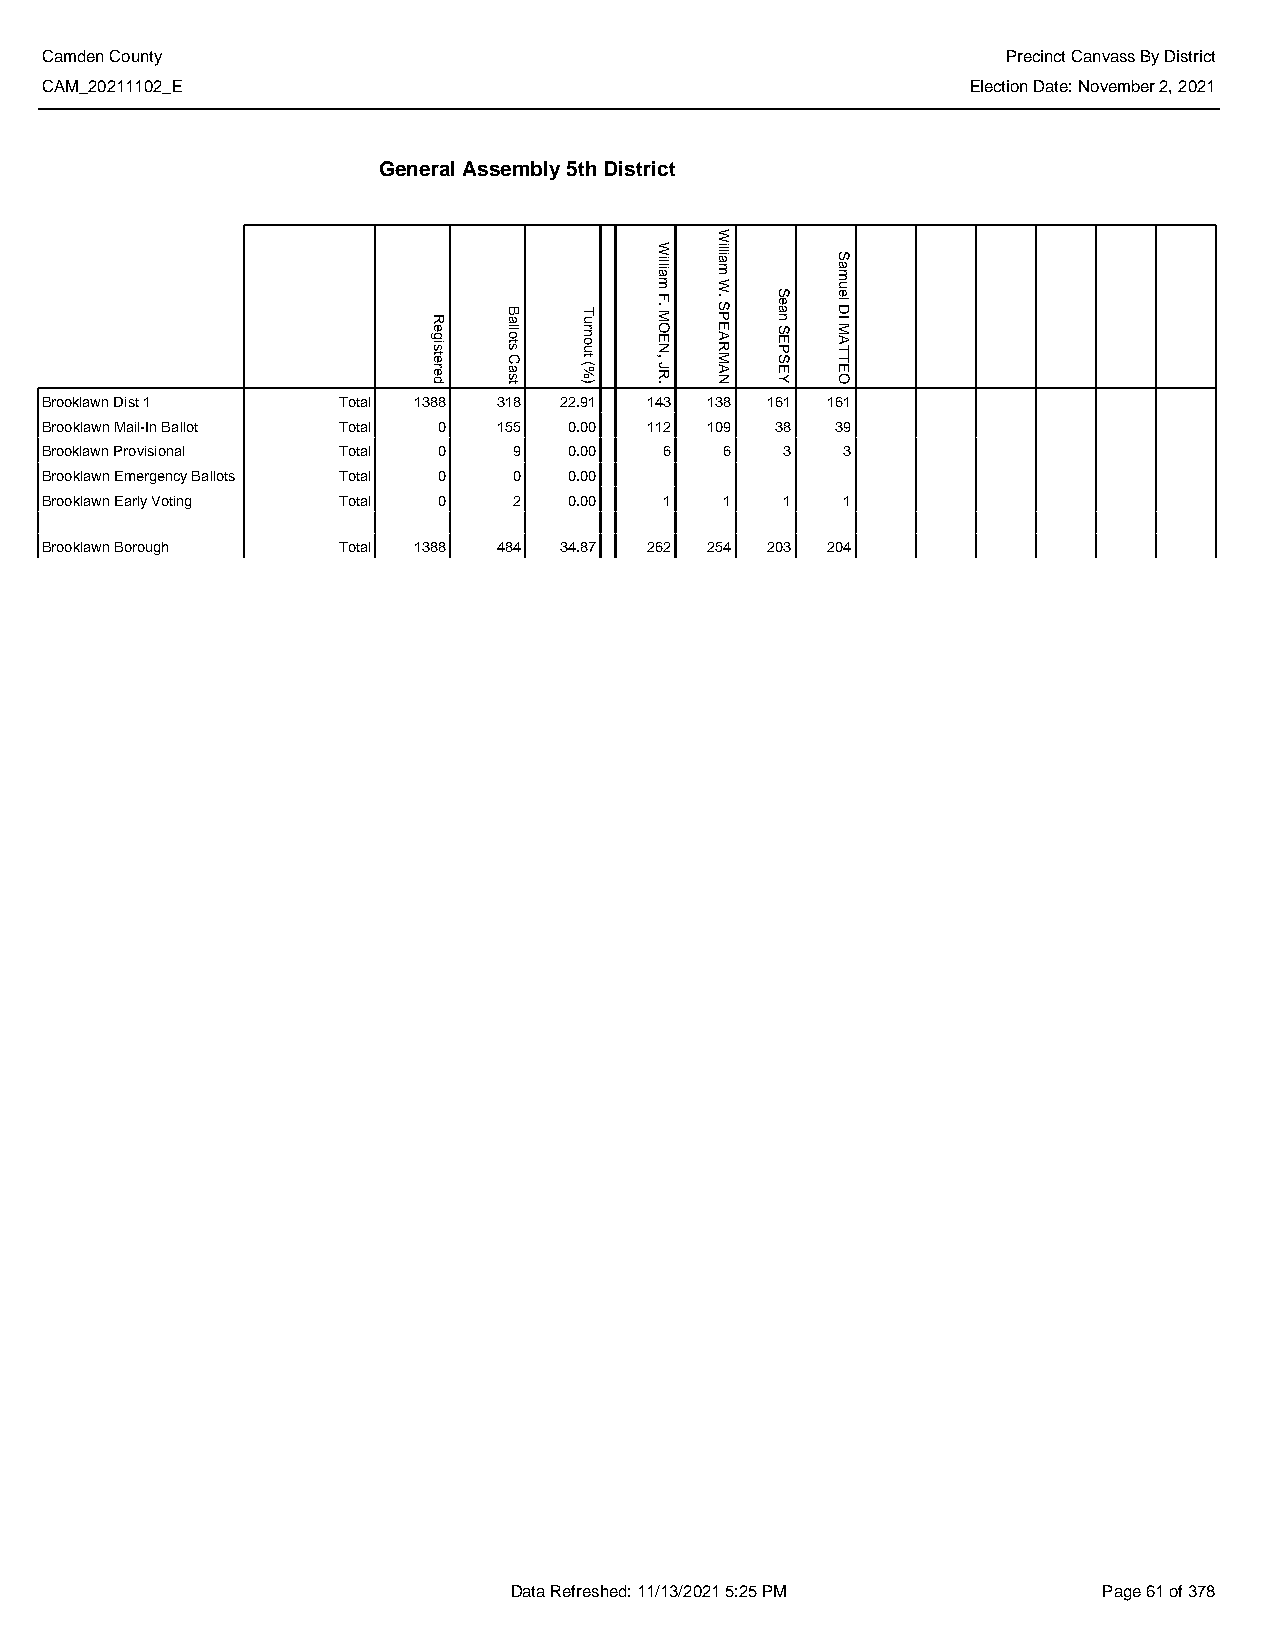
Camden County                                                   Precinct Canvass By District
 CAM_20211102_E                                               Election Date: November 2, 2021
 General Assembly 5th District
 Brooklawn Dist 1   Total 1388 318 22.91 143 138 161 161
 Brooklawn Mail-In Ballot Total 0 155 0.00 112 109 38 39
 Brooklawn Provisional Total 0  9   0.00  6   6   3   3
 Brooklawn Emergency Ballots Total 0 0 0.00
 Brooklawn Early Voting Total 0 2   0.00  1   1   1   1
 Brooklawn Borough  Total 1388 484 34.87 262 254 203 204
 Data Refreshed: 11/13/2021 5:25 PM     Page 61 of 378
 Registered Ballots
 Cast
 Turnout
 (%)
 William
 F.
 MOEN,
 JR.
 William
 W.
 SPEARMAN
 Sean
 SEPSEY
 Samuel
 DI
 MATTEO